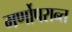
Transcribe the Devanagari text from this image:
मर्णोपरान्त